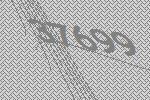
37699